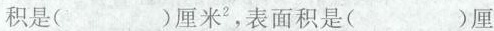
积是（ ）厘米^{2}，表面积是（ ）厘